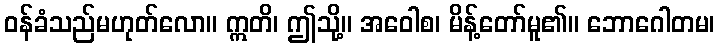
ဝန်ခံသည်မဟုတ်လော။ ဣတိ၊ ဤသို့။ အဝေါစ၊ မိန့်တော်မူ၏။ ဘောဂေါတမ၊